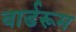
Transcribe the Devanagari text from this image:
वार्डरूम